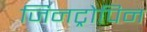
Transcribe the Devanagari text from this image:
जिनट्रोपिन